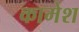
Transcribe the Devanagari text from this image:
कामेश